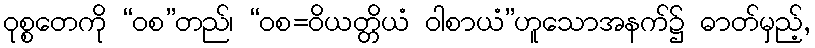
ဝုစ္စတေကို “ဝစ”တည်၊ “ဝစ=ဝိယတ္တိယံ ဝါစာယံ”ဟူသောအနက်၌ ဓာတ်မှည့်,